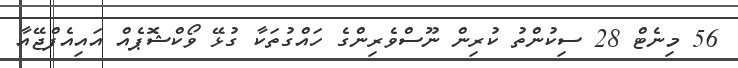
56 މިނެޓް 28 ސިކުންތު ކުރިން ނޫސްވެރިންގެ ހައްގުތަކާ ގުޅޭ ވޯކްޝޮޕެއް އައިއެފްޖޭއާ